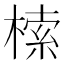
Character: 㮦